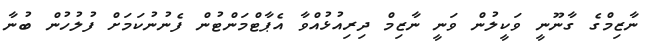
ނާޒިމްގެ ގާނޫނީ ވަކީލުން ވަނީ ނާޒިމް ދިރިއުޅުއްވާ އެޕާޓްމަންޓުން ފެނުނުކަމަށް ފުލުހުން ބުނާ